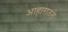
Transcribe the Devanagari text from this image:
आहारातले